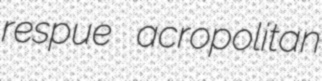
respue acropolitan